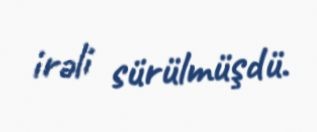
irəli sürülmüşdü.